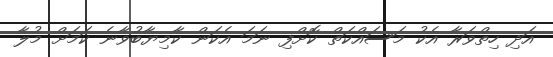
އަދި ހިތްވަރާ އެކު މަސައްކަތް ކޮށްފި ނަމަ އެކަން ކާމިޔާބުވާނެ ކަމަށް މުލާ